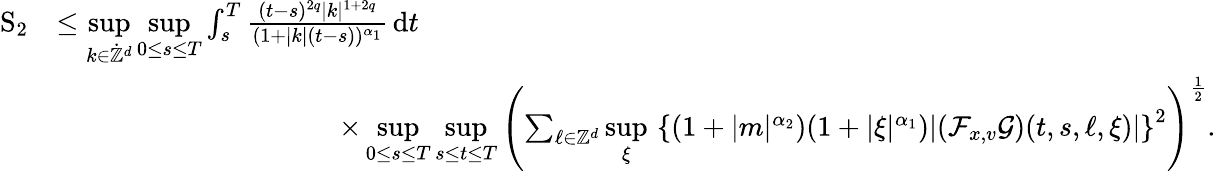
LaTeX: \begin{array}{rl}{\mathrm{S}_{2}}&{\leq\underset{k\in\dot{\mathbb Z}^{d}}{\operatorname*{sup}}\underset{0\leq s\leq T}{\operatorname*{sup}}\int_{s}^{T}\frac{(t-s)^{2q}\vert k\vert^{1+2q}}{(1+\vert k\vert(t-s))^{\alpha_{1}}}\, \mathrm{d}t}\\ &{\qquad\qquad\qquad\qquad\qquad\times\underset{0\leq s\leq T}{\operatorname*{sup}}\underset{s\leq t\leq T}{\operatorname*{sup}}\left(\sum_{\ell\in\mathbb Z^{d}}\underset{\xi}{\operatorname*{sup}}\, \left\lbrace(1+\vert m\vert^{\alpha_{2}})(1+\vert\xi\vert^{\alpha_{1}})\vert(\mathcal{F}_{x,v}\mathcal{G})(t,s,\ell,\xi)\vert\right\rbrace^{2}\right)^{\frac{1}{2}}.}\end{array}